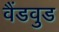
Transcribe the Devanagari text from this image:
वैंडवुड